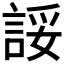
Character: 𫌽